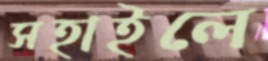
সহাইলে